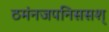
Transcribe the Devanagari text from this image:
ठमंनजपनिससश्